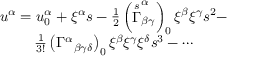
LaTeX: \begin{array} { c } { { u ^ { \alpha } = u _ { 0 } ^ { \alpha } + \xi ^ { \alpha } s - \frac 1 2 \left( \stackrel { s } { \Gamma } _ { \beta \gamma } ^ { \alpha } \right) _ { 0 } \xi ^ { \beta } \xi ^ { \gamma } s ^ { 2 } - } } \\ { { \frac 1 { 3 ! } \left( \Gamma ^ { \alpha } { } _ { \beta \gamma \delta } \right) _ { 0 } \xi ^ { \beta } \xi ^ { \gamma } \xi ^ { \delta } s ^ { 3 } - \cdots } } \end{array}